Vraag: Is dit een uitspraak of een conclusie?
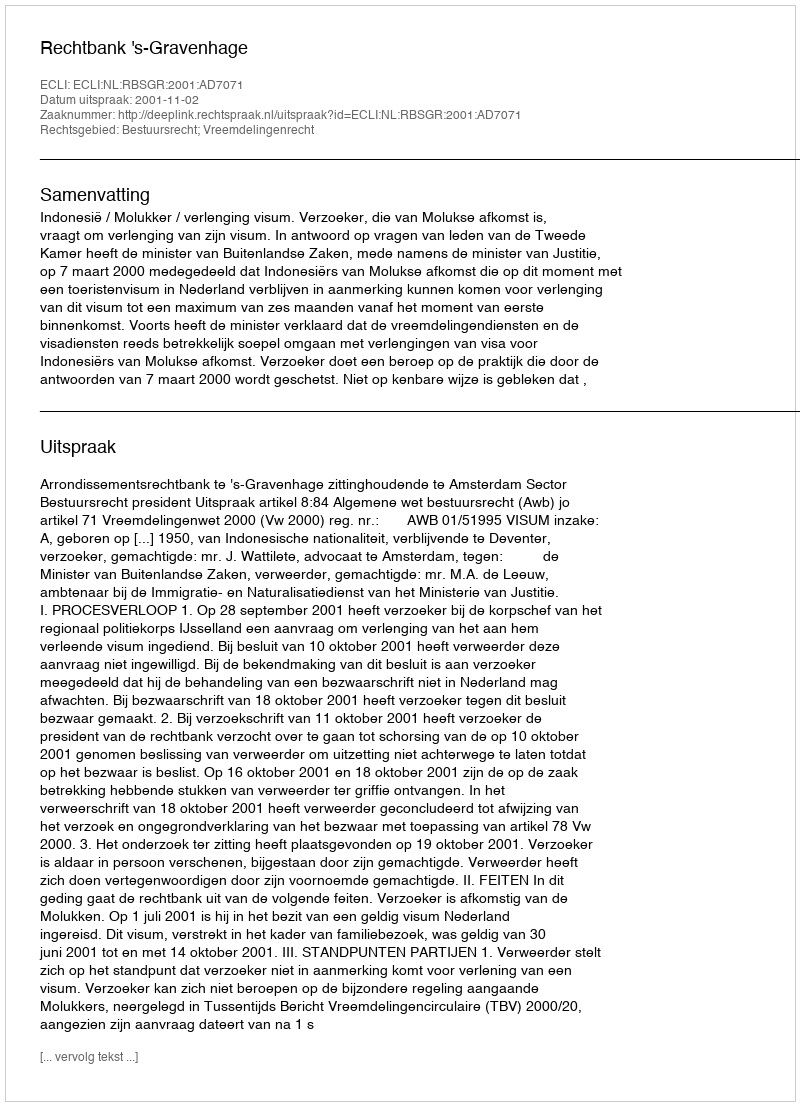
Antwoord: Uitspraak